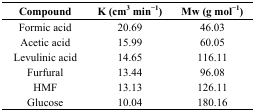
<table><thead><tr><td><b>Compound</b></td><td><b>K (cm<sup>3</sup> min<sup>−1</sup>)</b></td><td><b>Mw (g mol<sup>−1</sup>)</b></td></tr></thead><tbody><tr><td>Formic acid</td><td>20.69</td><td>46.03</td></tr><tr><td>Acetic acid</td><td>15.99</td><td>60.05</td></tr><tr><td>Levulinic acid</td><td>14.65</td><td>116.11</td></tr><tr><td>Furfural</td><td>13.44</td><td>96.08</td></tr><tr><td>HMF</td><td>13.13</td><td>126.11</td></tr><tr><td>Glucose</td><td>10.04</td><td>180.16</td></tr></tbody></table>